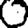
Digit: 0